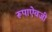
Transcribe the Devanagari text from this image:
रूपाऐवजी